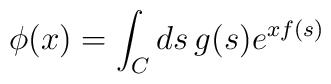
\phi(x) = \int_{C} ds \, g(s) e^{x f(s)}